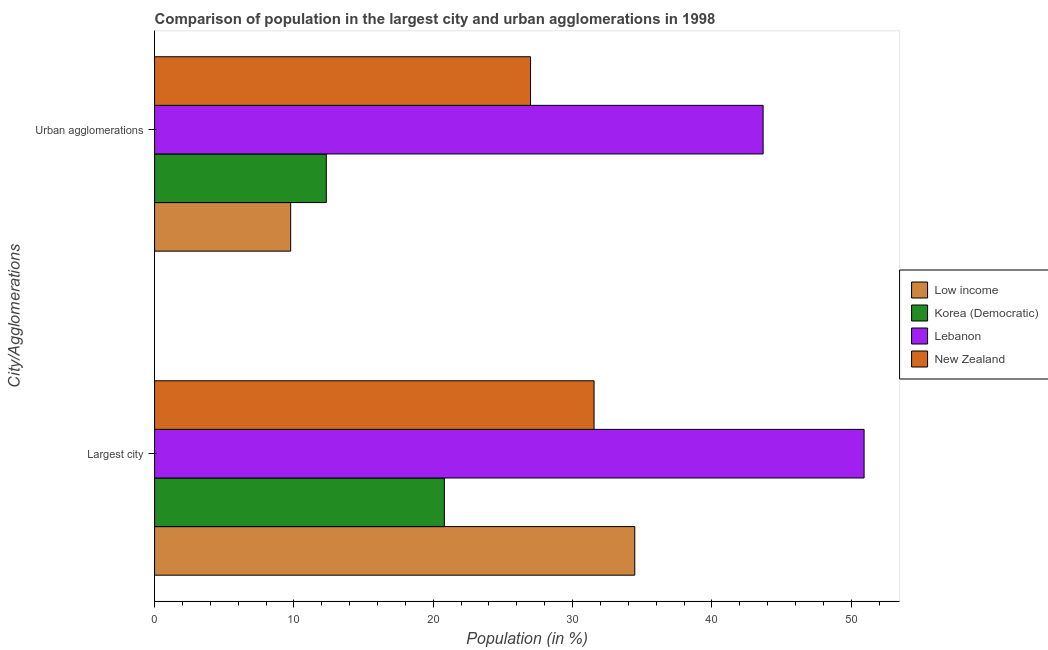
| City/Agglomerations | Low income | Korea (Democratic) | Lebanon | New Zealand |
 | --- | --- | --- | --- | --- |
 | Largest city | 34.5 | 20.8 | 50.9 | 31.5 |
 | Urban agglomerations | 9.77 | 12.3 | 43.7 | 27 |